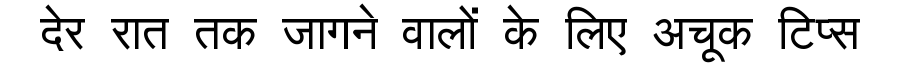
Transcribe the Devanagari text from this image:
देर रात तक जागने वालों के लिए अचूक टिप्स